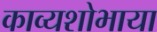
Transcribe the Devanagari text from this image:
काव्यशोभाया